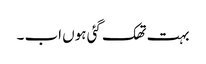
بہت تھک گئی ہوں اب ۔